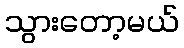
သွားတော့မယ်